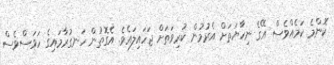
ކޮންމެ ކަމެއްވެސް އޭގެ ނިހާޔަތަށް އެރުމުން ކުރިވަތަށް ޖަހައިލައެވެ. އެގޮތުން ހަނގުރާމައިގެ ހަވަސްވެސް